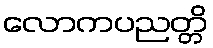
လောကပညတ္တိ